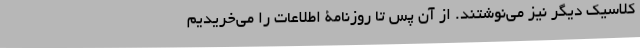
کلاسیک دیگر نیز می‌نوشتند. از آن پس تا روزنامۀ اطلاعات را می‌خریدیم